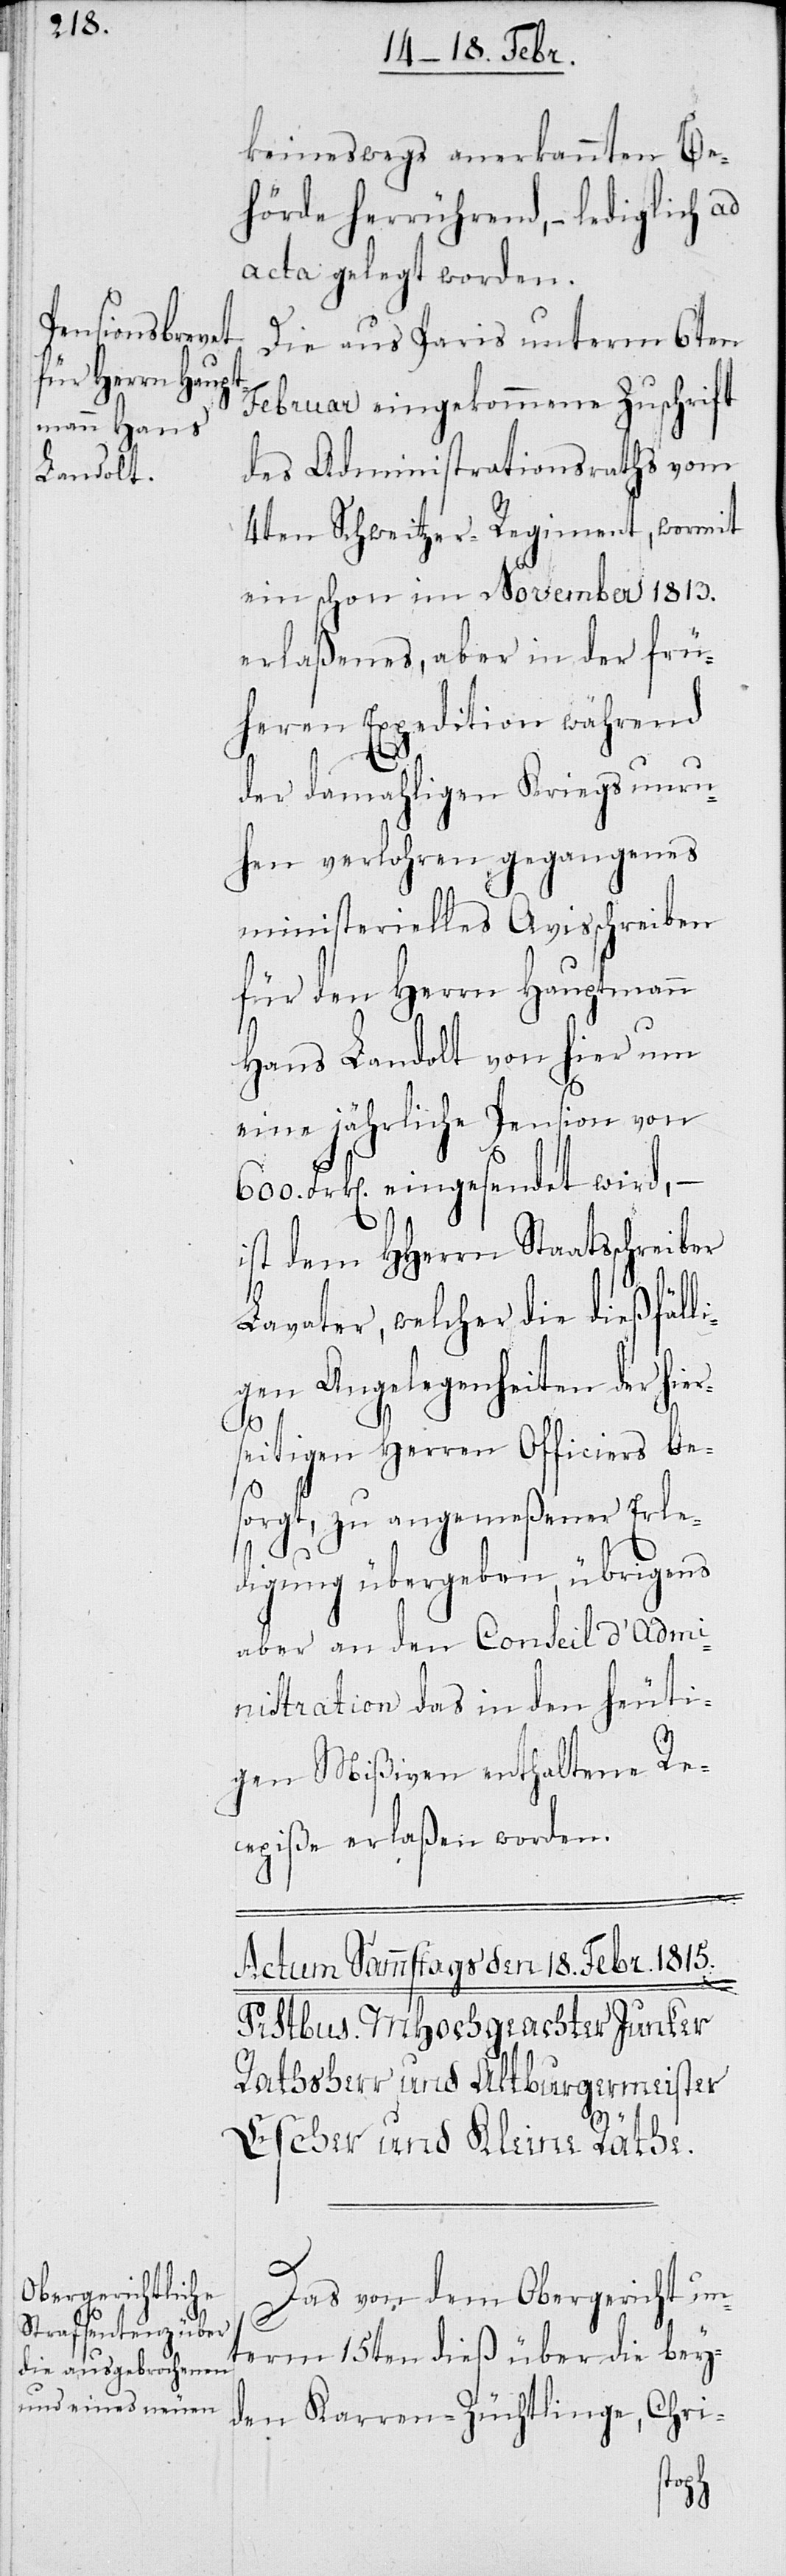
keineswegs anerkannten Be¬
hörde herrührend, – lediglich ad
acta gelegt worden.
Die aus Paris unterm 6ten
Februar eingekommene Zuschrift
des Administrationsraths vom
4ten Schweitzer-Regiment, wormit
ein schon im November 1813.
erlaßenes, aber in der frü¬
heren Expedition während
der damahligen Kriegsunru¬
hen verlohren gegangenes
ministerielles Avisschreiben
für den Herrn Hauptmann
Hans Landolt von hier um
eine jährliche Pension von
Frk[en]. eingesendet wird, –
ist dem Herrn Staatsschreiber
Lavater, welcher die dießfäll¬
igen Angelegenheiten der hier¬
seitigen Herren Officiers be¬
sorgt, zu angemeßener Erle¬
digung übergeben, übrigens
aber an den Conseil d’Admi¬
nistration das in den heuti¬
gen Mißiven enthaltene Re¬
cepiße erlaßen worden.
Das von dem Obergericht unt¬
erm 15ten dieß über die bey¬
den Karren-Züchtlinge, Chri-